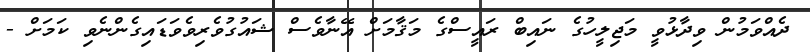
ދެއްވަމުން ވިދާޅުވީ މަޖިލީހުގެ ނައިބް ރައީސްގެ މަޤާމަށް އޭނާވެސް ޝައުގުވެރިވެވަޑައިގެންނެވި ކަމަށް -